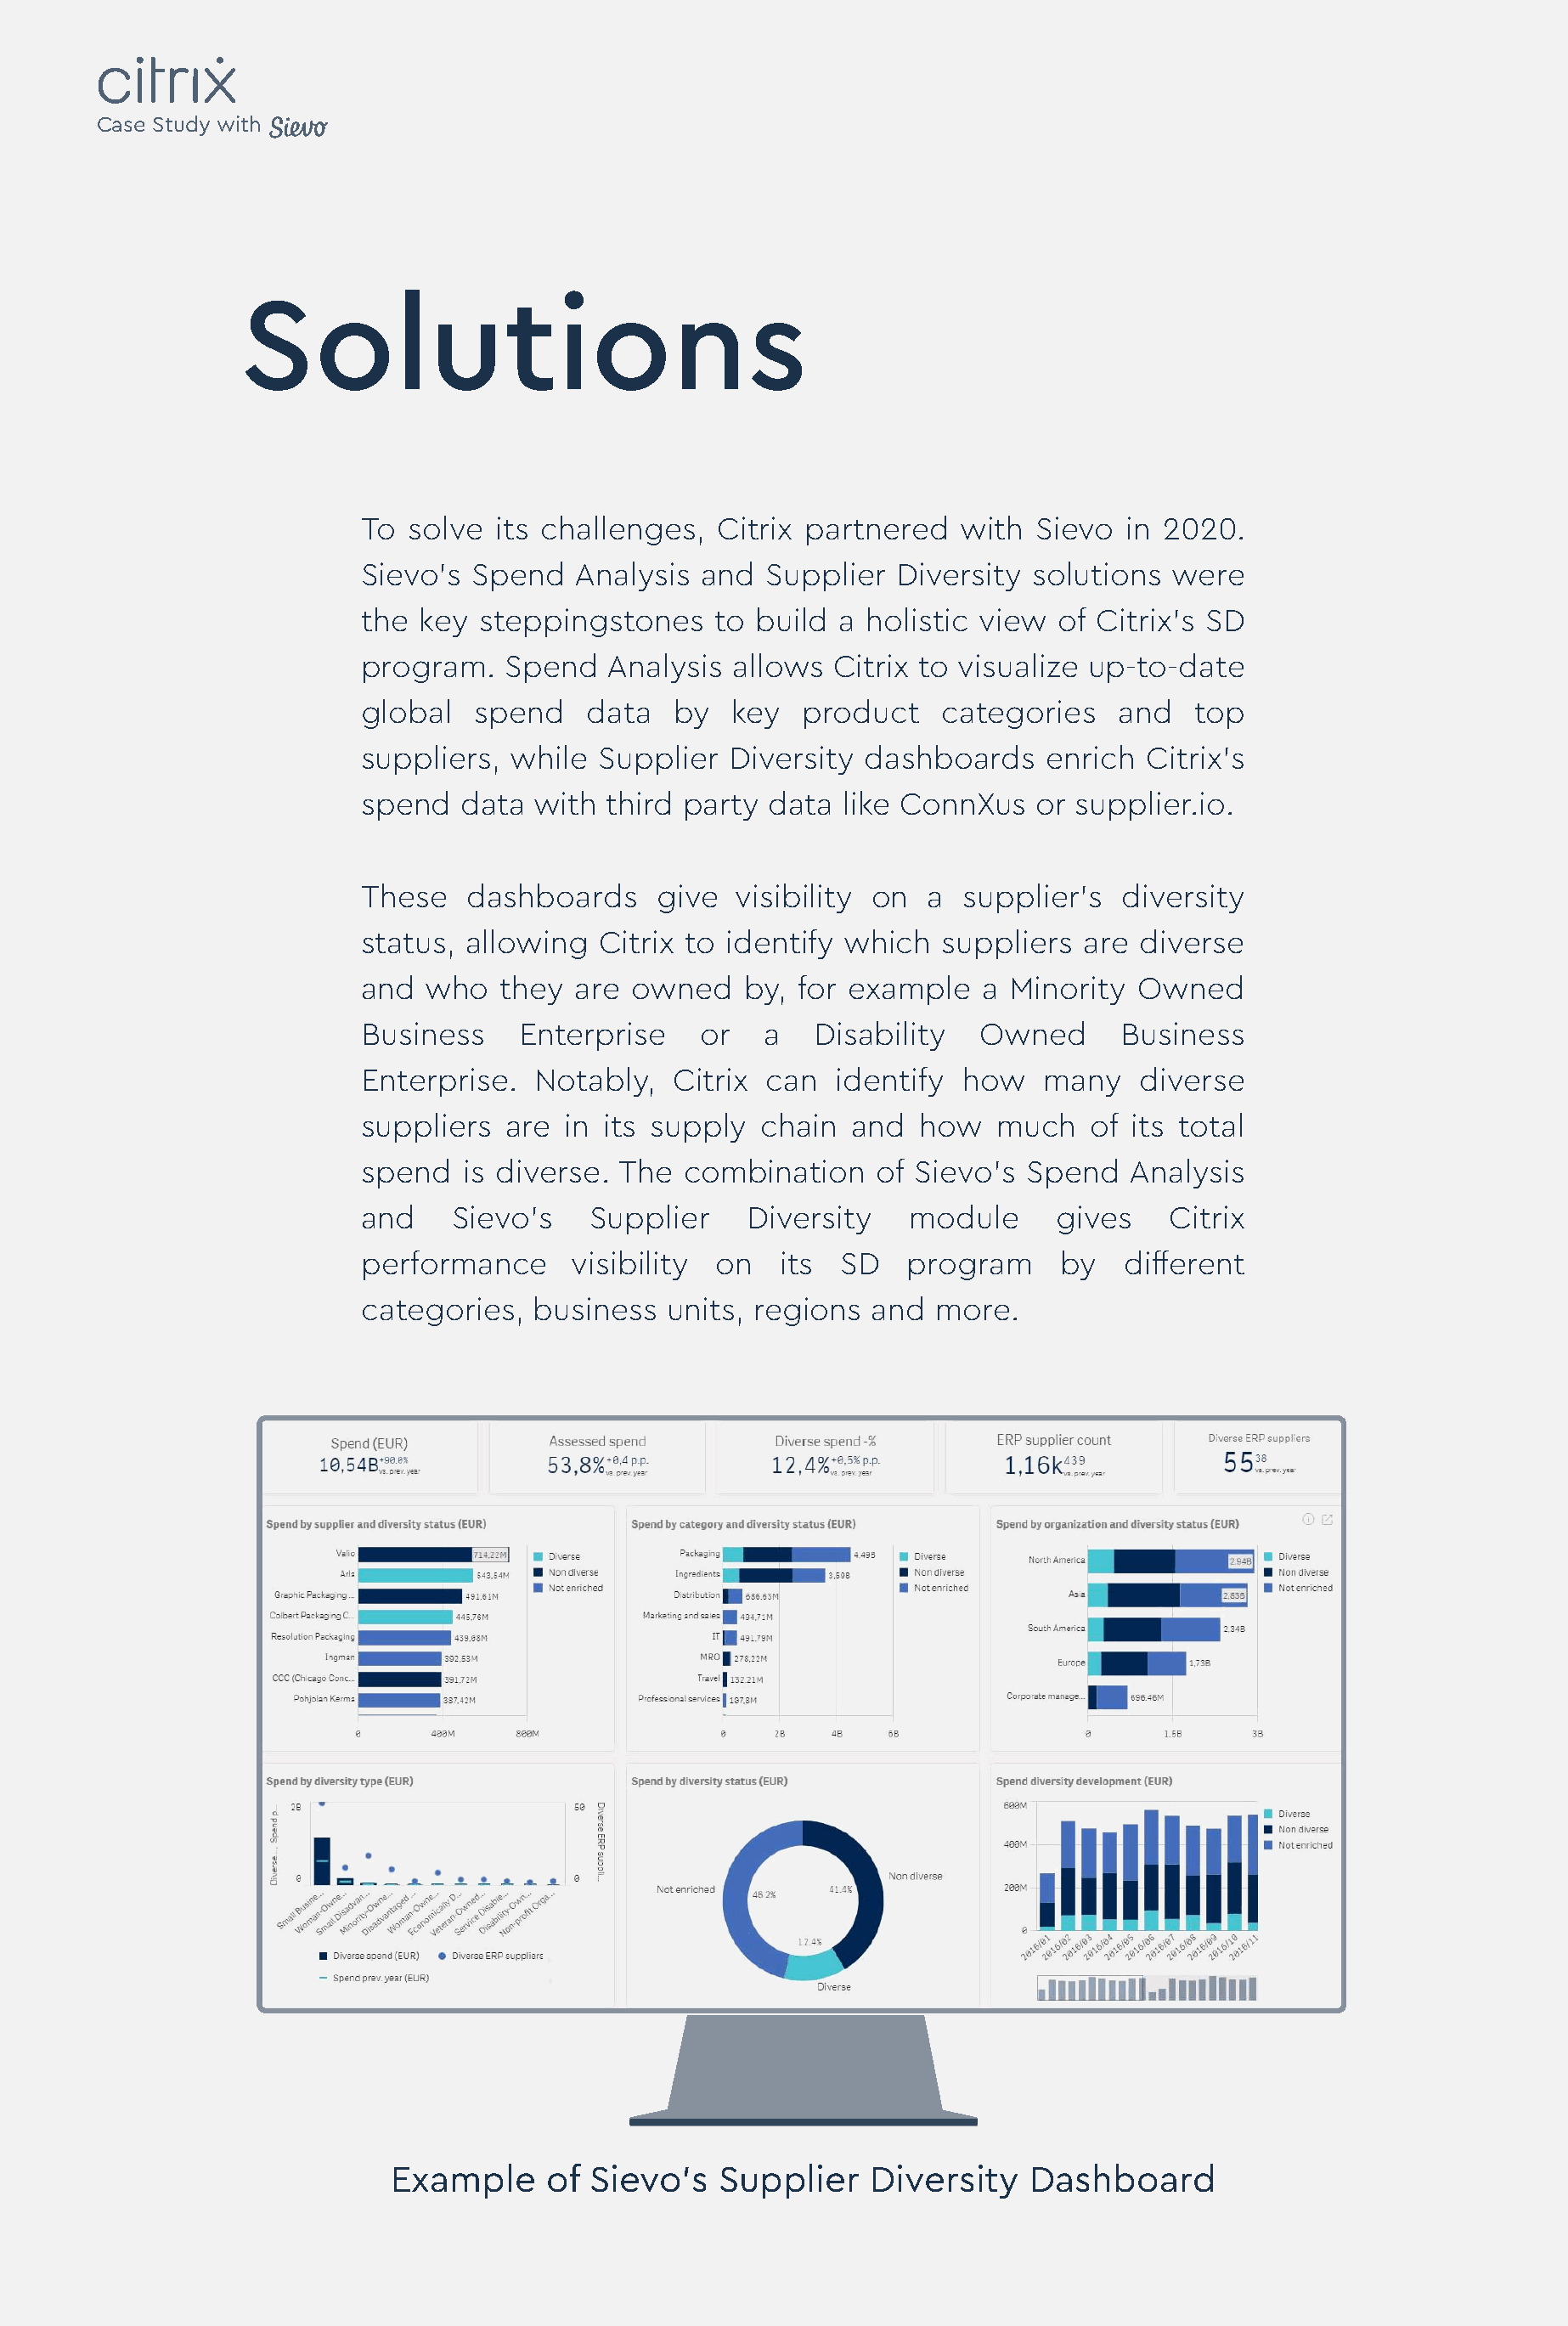
Case Study with
 Solutions
 To  solve  its challenges,  Citrix partnered   with  Sievo  in 2020.
 Sievo’s  Spend   Analysis  and  Supplier  Diversity solutions  were
 the  key steppingstones     to build a  holistic view of Citrix’s SD
 program.   Spend   Analysis  allows  Citrix to visualize up-to-date
 global   spend    data  by   key   product   categories    and   top
 suppliers,  while  Supplier  Diversity dashboards     enrich Citrix’s
 spend   data  with third party  data  like ConnXus   or supplier.io.
 These   dashboards     give  visibility on  a  supplier’s  diversity
 status, allowing   Citrix to identify which  suppliers  are  diverse
 and  who   they  are owned    by, for example    a Minority  Owned
 Business    Enterprise     or   a  Disability   Owned      Business
 Enterprise.   Notably,  Citrix  can  identify  how   many    diverse
 suppliers  are  in its supply  chain  and   how   much   of its total
 spend   is diverse. The  combination    of Sievo’s  Spend   Analysis
 and    Sievo’s    Supplier    Diversity    module     gives    Citrix
 performance      visibility on   its  SD   program     by   different
 categories,   business  units, regions  and  more.
 Example      of Sievo’s   Supplier    Diversity   Dashboard